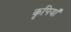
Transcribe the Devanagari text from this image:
कृपियाँ